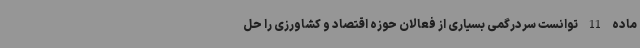
ماده 11 توانست سردرگمی بسیاری از فعالان حوزه اقتصاد و کشاورزی را حل